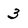
Character: 3